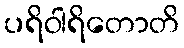
ပရိဝါရိတောတိ